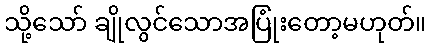
သို့သော် ချိုလွင်သောအပြုံးတော့မဟုတ်။